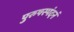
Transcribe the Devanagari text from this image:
पुरुषस्पंदनं